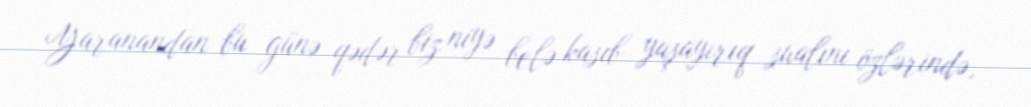
Yaranandan bu günə qədər biz niyə belə kasıb yaşayırıq sualını özlərində,